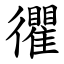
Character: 忂